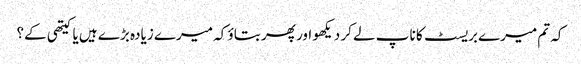
کہ تم میرے بریسٹ کا ناپ لے کر دیکھو اور پھر بتاؤ کہ میرے زیادہ بڑے ہیں یا کیتھی کے؟